Vaccination in Bombay 1863-1868 - 1863-1868
Year: 1863
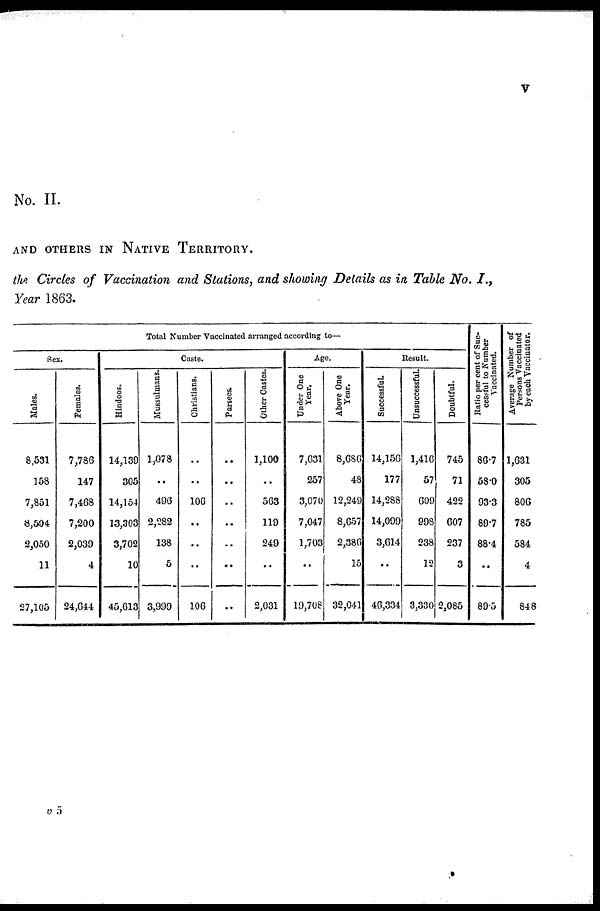
v
No. II.
AND OTHERS IN NATIVE TERRITORY.
the Circles of Vaccination and Stations, and showing Details as in Table No. I.,
Year 1863.
Total Number Vaccinated arranged according to—
Sex.
Males.
8,531
158
7,851
8,504
2,050
11
27,105
Females.
7,786
147
7,468
7,200
2,039
4
24,644
Caste.
Hindoos.
14,139
305
14,154
13,303
3,702
10
45,613
Mussulmans.
1,078
..
496
2,282
138
5
3,999
Christians.
..
..
106
..
..
..
106
Parsees.
..
..
..
..
..
..
..
Other Castes.
1,100
..
563
119
249
..
2,031
Age.
Under One
Year.
7,631
257
3,070
7,047
1,703
..
19,708
Above One
Year.
8,686
48
12,249
8,657
2,386
15
32,041
Result.
Successful.
14,156
177
14,288
14,099
3,614
..
46,334
Unsuccessful.
1,416
57
609
998
238
12
3,330
Doubtful.
745
71
422
607
237
3
2,085
Ratio per cent of Suc-
cessful to Number
Vaccinated.
86.7
58.0
93.3
89.7
88.4
..
89.5
Average Number of
Persons Vaccinated
by each Vaccinator.
1,631
305
806
785
584
4
848
v 5